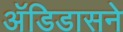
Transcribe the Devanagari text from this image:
अॅडिडासने